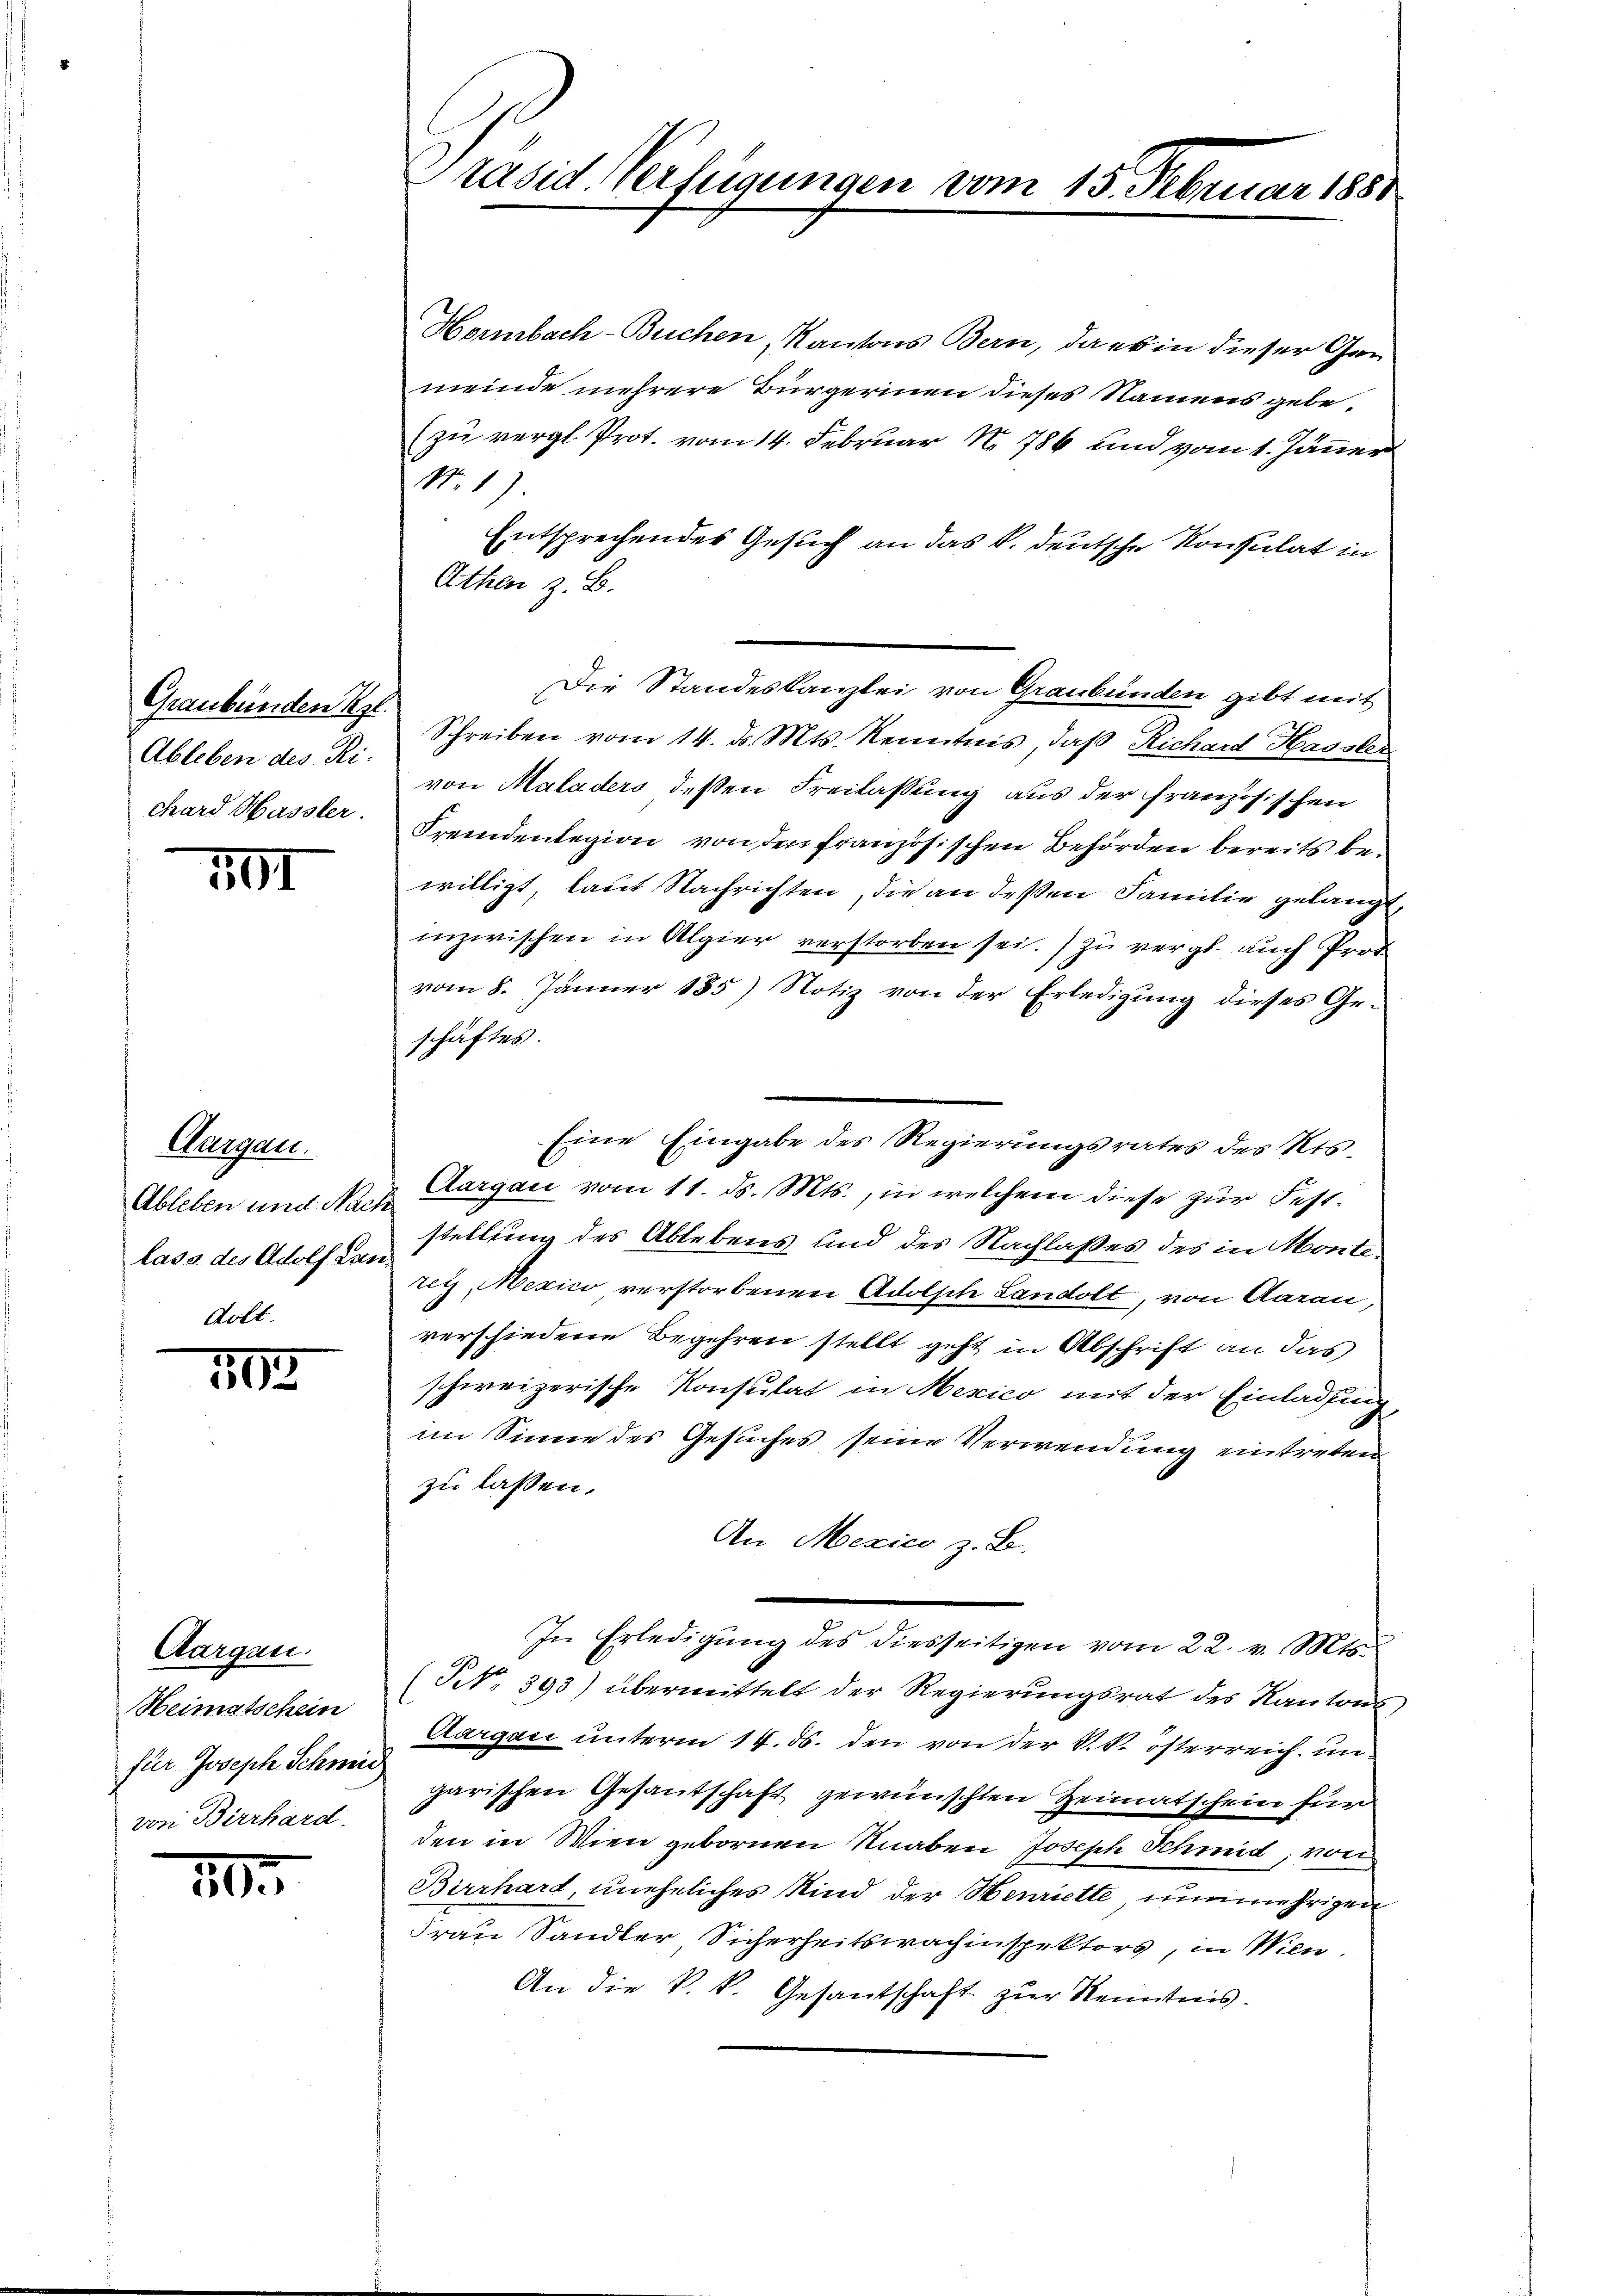
Graubünden Al.
Ableben des Ri
chard Hassler.

11

Aargau.
Ableben und Nach
lass des Adolf Lan¬

102

Aargau.
Heimatschein
für Joseph Schner
von Birrhard.

20

Hormbach-Buchen, Kantons Bern, da es in dieser Gemeinde mehrere Bürgerinen dieses Namens gebe¬
(zu vergl. Prot. vom 14. Februar No. 786 und vom 1. Jänner
N.1)
Entsprechendes Gesuch an das k. deutsche Konsulat in
Athen z. B.
Die Standeskanzlei von Graubünden gibt mit
Schreiben vom 14. d. Mts. Kenntnis, daß Richard Hassler
von Maladers deßen Freilassung aus der französischen
Fremdenlegion von den französischen Behörden bereits bewilligt laut Nachrichten, die an deßen Familie gelangt,
inzwischen in Algier verstorben sei.) zu vergl. auch Prof
vom 8. Jänner 185) Notiz von der Erledigung dieses Ge-
schäftes.
Eine Eingabe des Regierungsrates des Kts.
Aargau vom 11. ds. Mts., in welchem diese zur Feststellung des Ablebens und des Nachlaßes des in Monteretz, Mexico verstorbenen Adolph Landolt, von Aarau
verschiedene Begehren stellt geht in Abschrift an das
schweizerische Konsulat in Mexico mit der Einladung,
im Sinne des Gesuches seine Verwendung eintreten
zu lassen.
An Mexico z. B.
In Erledigŭng des diesseitigen vom 22. v. Mts.
(Nr. 393) übermittelt der Regierungsrat des Kantons
Aargau unterm 17. ds. den von der k. k. österreich uns
garischen Gesantschaft gewünschten Heimatschein für
den in Wien gebornen Knaben Joseph Schmid, von
Birrhard, uneheliches Kind der Henriette nunmehrigen
Frau Sandler Sicherheitswachinspektors, in Wien,
An die k. k. Gesandtschaft zur Kenntnis.

Prasid Verfügungen vom 15. Dez.

ruar 1881